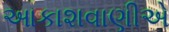
આકાશવાણીએ